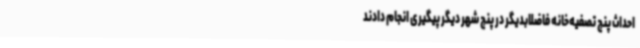
احداث پنج تصفیه‌خانه فاضلابدیگر در پنج شهر دیگر پیگیری انجام دادند